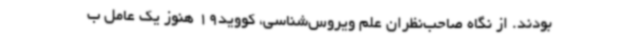
بودند. از نگاه صاحب‌نظران علم ویروس‌شناسی، کووید19 هنوز یک عامل ب